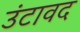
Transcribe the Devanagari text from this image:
उंटावद